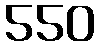
550